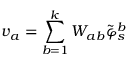
v _ { a } = \sum _ { b = 1 } ^ { k } W _ { a b } \tilde { \varphi } _ { s } ^ { b }